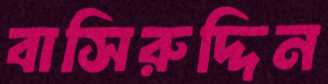
বাসিরুদ্দিন